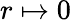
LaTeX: r\mapsto 0